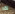
لقد